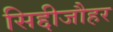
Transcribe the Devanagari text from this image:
सिद्दीजौहर